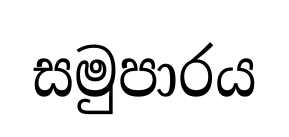
සමුපාරය